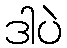
ဒါပဲ